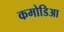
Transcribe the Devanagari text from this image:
कमोडिआ